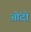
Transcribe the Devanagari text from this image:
ओंदो